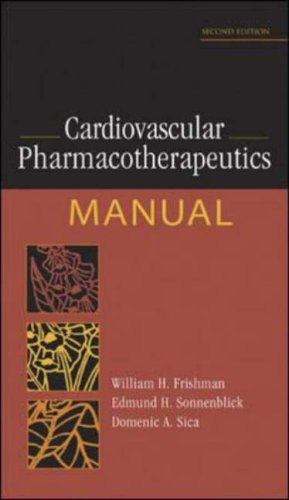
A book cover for Cardiovascular Pharmacotherapeutics Manual; WIlliam Frishman; Medical Books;